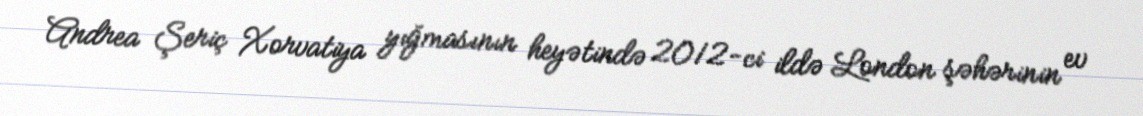
Andrea Şeriç Xorvatiya yığmasının heyətində 2012-ci ildə London şəhərinin ev